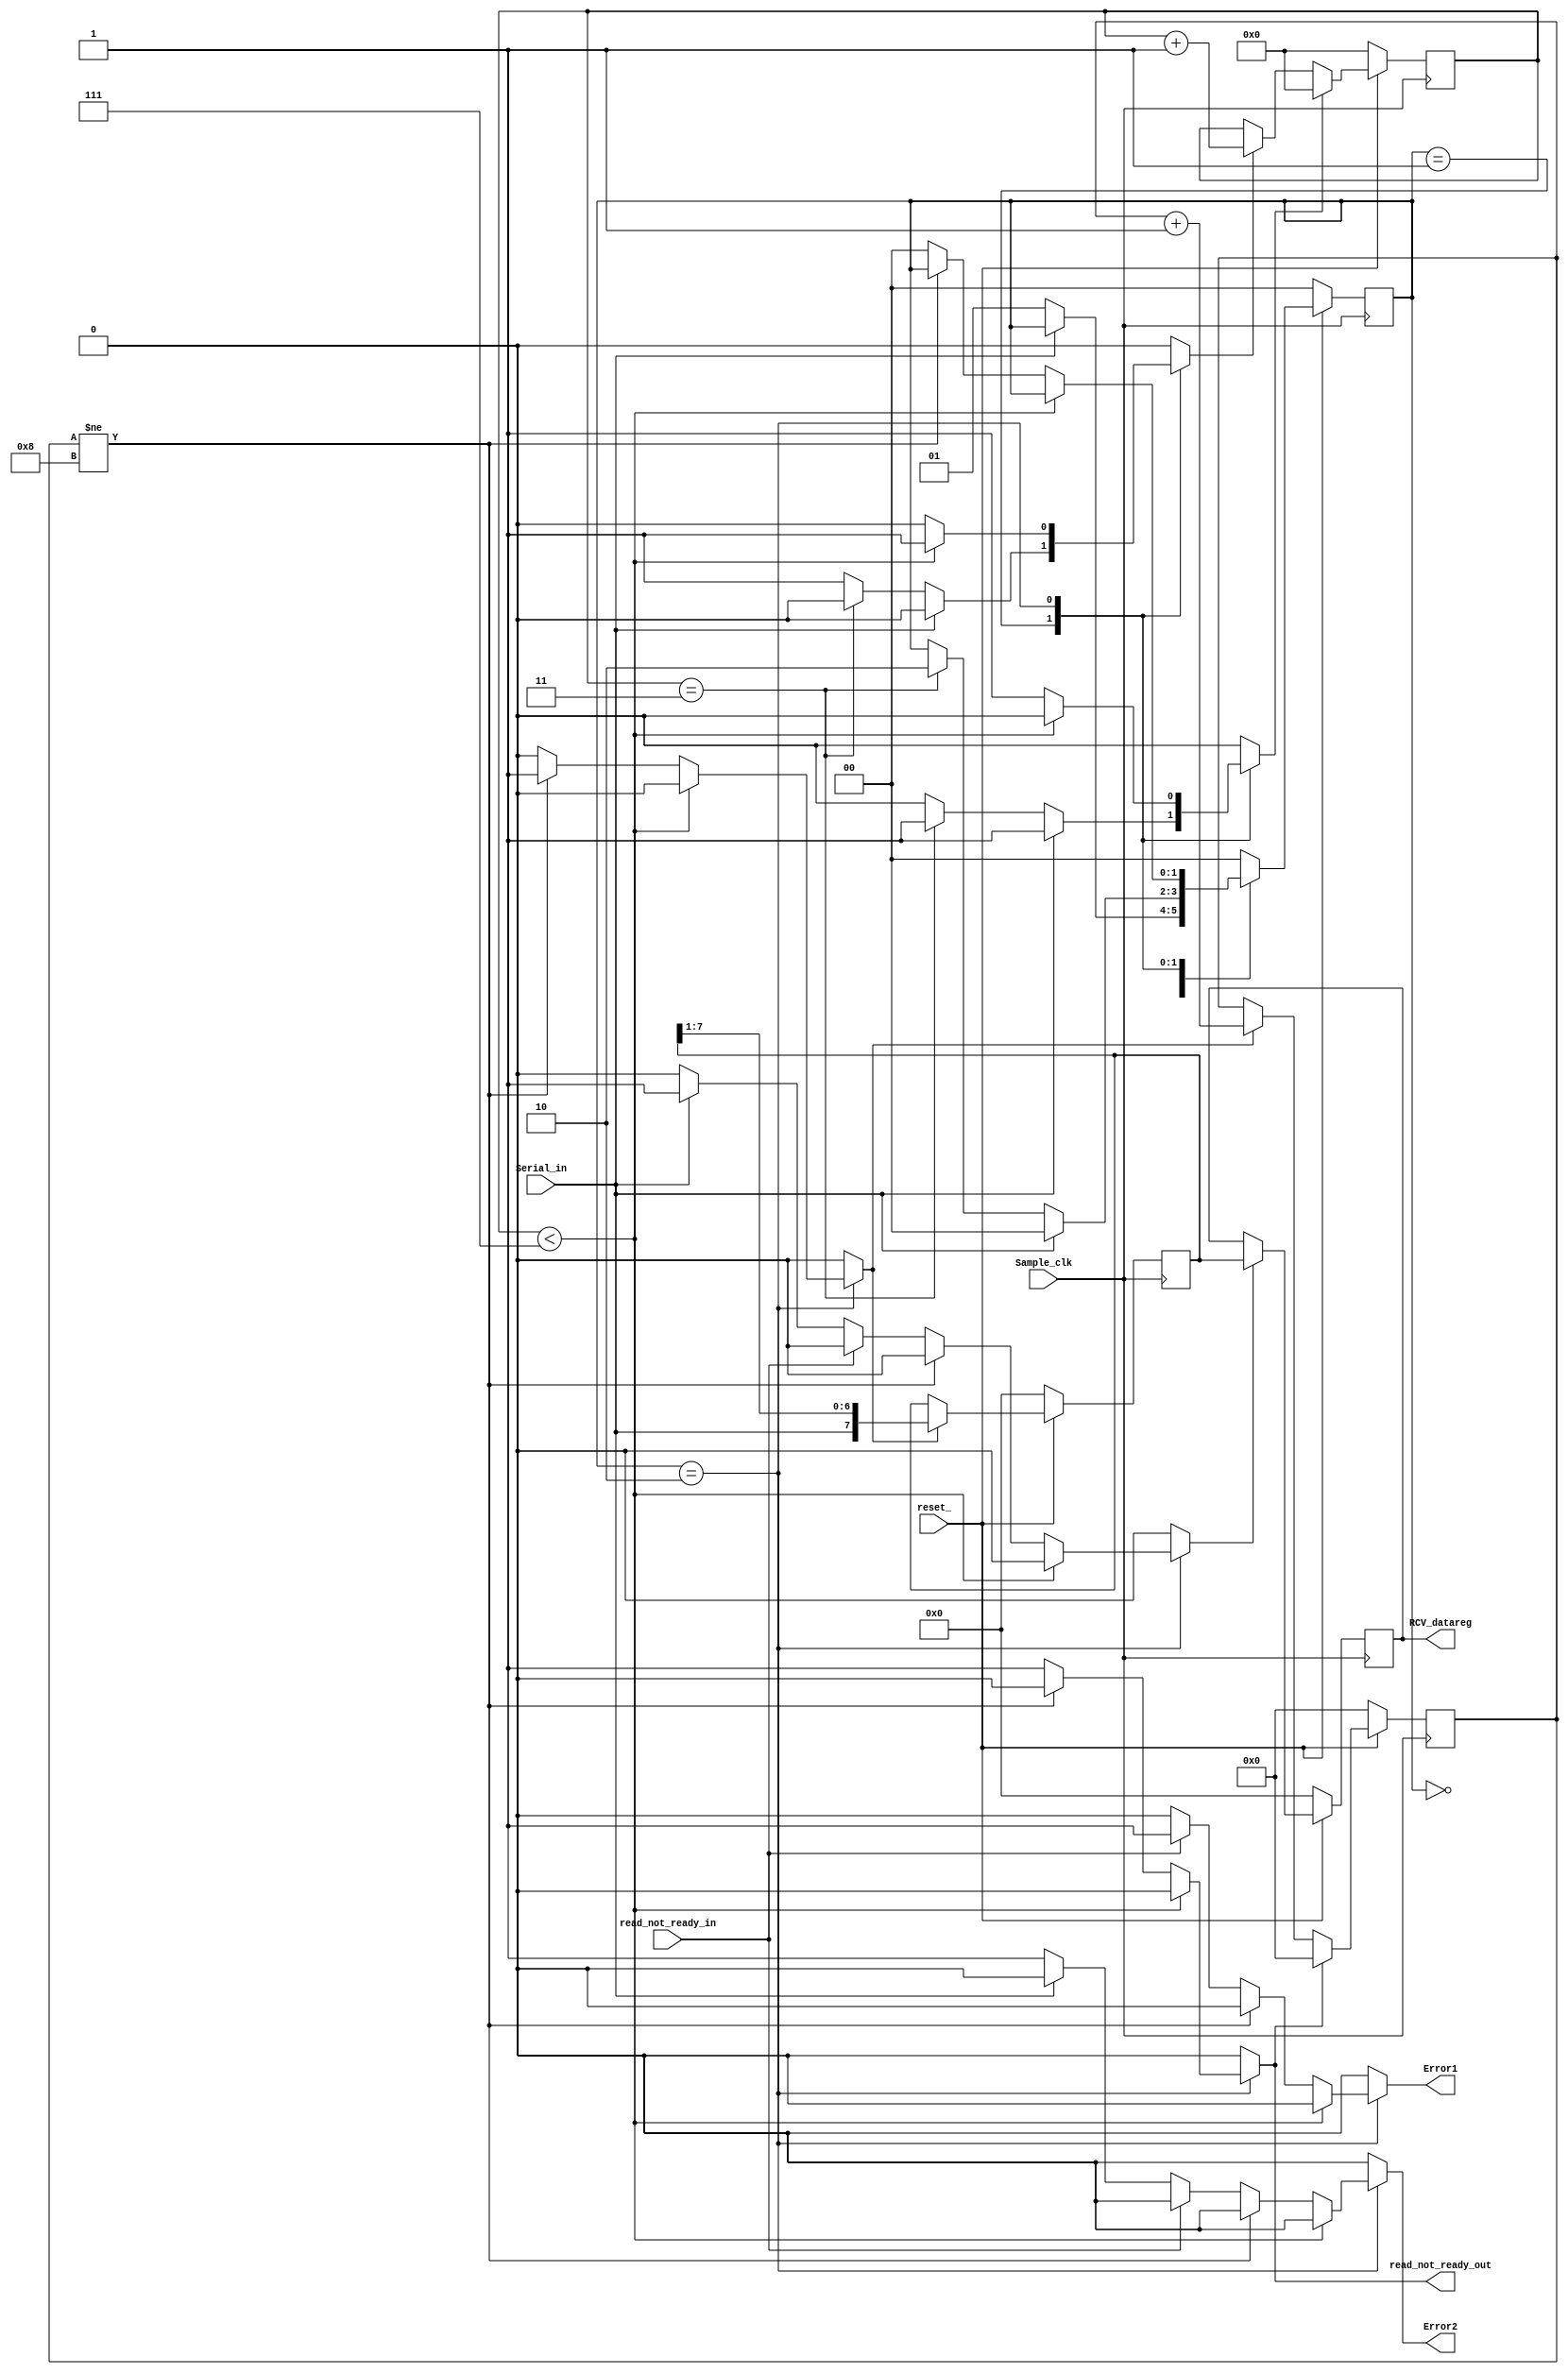
module UART8_Receiver 
  (RCV_datareg, read_not_ready_out, Error1, Error2, Serial_in, read_not_ready_in, Sample_clk, reset_);
   // Sample_clk is 8x Bit_clk

  parameter	word_size 	= 8;	
  parameter	half_word	 = word_size / 2;	
  parameter	Num_counter_bits = 4;		// Must hold count of word_size
  parameter	Num_state_bits	 = 2;		// Number of bits in state
  parameter	idle		= 2'b00;
  parameter	starting		= 2'b01;
  parameter	receiving	= 2'b10;

  output 		[word_size-1:0] 		RCV_datareg;
  output 					read_not_ready_out, 
					Error1, Error2;
  input		Serial_in,  
		Sample_clk, 
		reset_, 
		read_not_ready_in;


  reg 					RCV_datareg;
  reg 		[word_size-1:0] 		RCV_shftreg;
  reg		[Num_counter_bits -1:0] 	Sample_counter;
  reg 		[Num_counter_bits:0] 	Bit_counter;			 
  reg 		[Num_state_bits -1:0] 	state, next_state;		 
  reg 					inc_Bit_counter, clr_Bit_counter;
  reg					inc_Sample_counter, clr_Sample_counter;
  reg					shift, load, read_not_ready_out;
	  reg					Error1, Error2;

//Combinational logic for next state and conditional outputs

  always @ (state or Serial_in or read_not_ready_in or Sample_counter or Bit_counter) begin
    read_not_ready_out = 0; 
    clr_Sample_counter = 0;
    clr_Bit_counter = 0;
    inc_Sample_counter = 0;
    inc_Bit_counter = 0;
    shift = 0;
    Error1 = 0;   
    Error2 = 0;
    load = 0;
    next_state = state;

    case (state) 
      idle:		if (Serial_in == 0) next_state = starting; 
		
     starting:	if (Serial_in == 1) begin
		  next_state = idle;
    		  clr_Sample_counter = 1;
    		end else 
   			    
		if (Sample_counter == half_word -1) begin
    		  next_state = receiving;
    		  clr_Sample_counter = 1;
    		end else inc_Sample_counter = 1; 
    				
    receiving:	if (Sample_counter < word_size-1) inc_Sample_counter = 1;
		else begin 
		  clr_Sample_counter = 1;
		  if (Bit_counter != word_size)  begin
      		    shift = 1;
		    inc_Bit_counter = 1;
		  end
		  else begin
		    next_state = idle;
      		    read_not_ready_out = 1; 
		    clr_Bit_counter = 1;
      		    if (read_not_ready_in == 1) Error1 = 1; 
		    else if (Serial_in == 0) Error2 = 1;
        		    else load = 1;
		  end
		end
	default:	next_state = idle;

    endcase 
  end

 // state_transitions_and_register_transfers
 
  always @ (posedge Sample_clk) begin
    if (reset_ == 0) begin			// synchronous reset_
      state <= idle; 
      Sample_counter <= 0;
      Bit_counter <= 0;
      RCV_datareg <= 0;
      RCV_shftreg <= 0;
    end
    else begin  
      state <= next_state;

      if (clr_Sample_counter == 1) Sample_counter <= 0; 
      else if (inc_Sample_counter == 1) Sample_counter <= Sample_counter + 1;

      if (clr_Bit_counter == 1) Bit_counter <= 0; 
      else if (inc_Bit_counter == 1) Bit_counter <= Bit_counter + 1;
      if (shift == 1) RCV_shftreg <= {Serial_in, RCV_shftreg[word_size-1:1]};
      if (load == 1) RCV_datareg <= RCV_shftreg;
    end   
  end 
 endmodule
module test_UART8_receiver();
  parameter	word_size = 8;
  parameter jump = 2*word_size;
  reg Serial_in;  
  reg reset_, read_not_ready_in;
  wire [word_size - 1:0] RCV_datareg;
  wire read_not_ready_out, Error1, Error2;

  UART8_Receiver 
  M1 (RCV_datareg, read_not_ready_out, Error1, Error2, Serial_in, read_not_ready_in, Sample_clk, reset_);

defparam M2.Latency = 0;
defparam M2.Offset = 1;
defparam M2.Pulse_Width = 1;
Clock_Prog M2 (Sample_clk);
//Clock_Gen #(1) M2 (Sample_clk);

initial #400 $finish;
initial begin #2 reset_ = 0; #2 reset_ = 1;end
initial begin #4 read_not_ready_in = 0; end  // change to 1 for test
initial begin   

#2 Serial_in = 1;		// stopped		
  #4 Serial_in = 0;	// start bit
  #jump Serial_in = 1;	// word: hb5
  #jump Serial_in = 0;
  #jump Serial_in = 1;
  #jump Serial_in = 0;
  #jump Serial_in = 1;
  #jump Serial_in = 1;
  #jump Serial_in = 0;
  #jump Serial_in = 1;	//parity bit
  #jump Serial_in = 1;  // stop bit


/*

#2 Serial_in = 1;		// stopped		
  #4 Serial_in = 0;	// start bit
  #jump Serial_in = 1;	// word: h55
  #jump Serial_in = 0;
  #jump Serial_in = 1;
  #jump Serial_in = 0;
  #jump Serial_in = 1;
  #jump Serial_in = 0;
  #jump Serial_in = 1;
  #jump Serial_in = 0;	//parity bit
  #jump Serial_in = 1;  // stop bit
*/
/*
  #2 Serial_in = 1;
  #6 Serial_in = 0;
  #22 Serial_in = 1;
  #38 Serial_in = 0;
  #54 Serial_in = 1;
  #70 Serial_in = 0;
  #86 Serial_in = 1;
  #118 Serial_in = 0;
  #134 Serial_in = 1;
  //#154 Serial_in = 0;	// error - missing stop bit

  #200 Serial_in = 0;
  #300 Serial_in = 1; */


end //join
endmodule